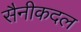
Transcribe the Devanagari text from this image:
सैनीकदल